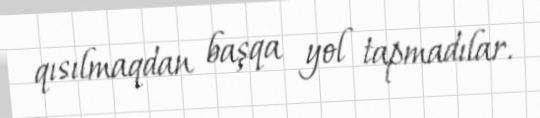
qısılmaqdan başqa yol tapmadılar.